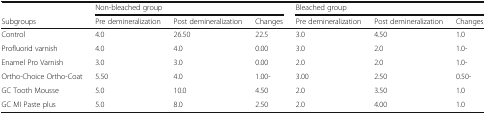
<table><thead><tr><td>[EMPTY_CELL]</td><td colspan="3"><b>Non-bleached group</b></td><td colspan="3"><b>Bleached group</b></td></tr><tr><td><b>Subgroups</b></td><td><b>Pre demineralization</b></td><td><b>Post demineralization</b></td><td><b>Changes</b></td><td><b>Pre demineralization</b></td><td><b>Post demineralization</b></td><td><b>Changes</b></td></tr></thead><tbody><tr><td>Control</td><td>4.0</td><td>26.50</td><td>22.5</td><td>3.0</td><td>4.50</td><td>1.0</td></tr><tr><td>Profluorid varnish</td><td>4.0</td><td>4.0</td><td>0.00</td><td>3.0</td><td>2.0</td><td>1.0-</td></tr><tr><td>Enamel Pro Varnish</td><td>3.0</td><td>3.0</td><td>0.00</td><td>2.0</td><td>2.0</td><td>1.0-</td></tr><tr><td>Ortho-Choice Ortho-Coat</td><td>5.50</td><td>4.0</td><td>1.00-</td><td>3.00</td><td>2.50</td><td>0.50-</td></tr><tr><td>GC Tooth Mousse</td><td>5.0</td><td>10.0</td><td>4.50</td><td>2.0</td><td>3.50</td><td>1.0</td></tr><tr><td>GC MI Paste plus</td><td>5.0</td><td>8.0</td><td>2.50</td><td>2.0</td><td>4.00</td><td>1.0</td></tr></tbody></table>